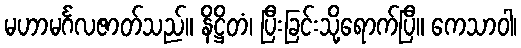
မဟာမင်္ဂလဇာတ်သည်။ နိဋ္ဌိတံ၊ ပြီးခြင်းသို့ရောက်ပြီ။ ကေသာဝါ၊